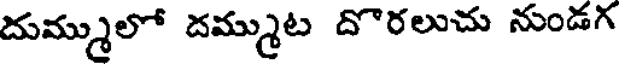
దుమ్ములో దమ్ముట దొరలుచు నుండగ